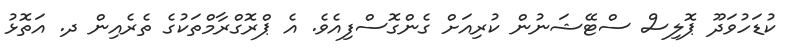
ކުޑަހުވަދޫ ޕޮލިސް ސްޓޭޝަނުން ކުރިއަށް ގެންގޮސްފިއެވެ. އެ ޕްރޮގްރާމްތަކުގެ ތެރެއިން ދ. އަތޮޅު